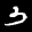
Label: 3